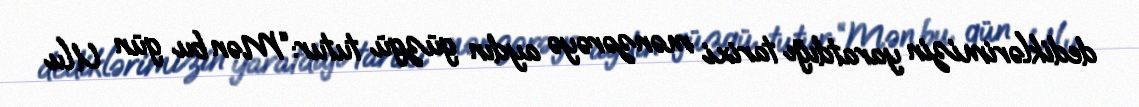
dediklərimizin yaratdığı tarixi mənzərəyə aydın güzgü tutur:“Mən bu gün Ulu